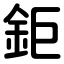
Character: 鉅